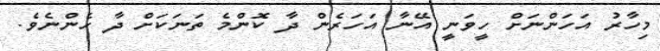
މިހާރު އަހަންނަށް ހީވަނީ އޭނާ އަހަރެން ދާ ކޮންމެ ތަނަކަށް ދާ ހެންނެވެ.